Report on horse surra - Volume I
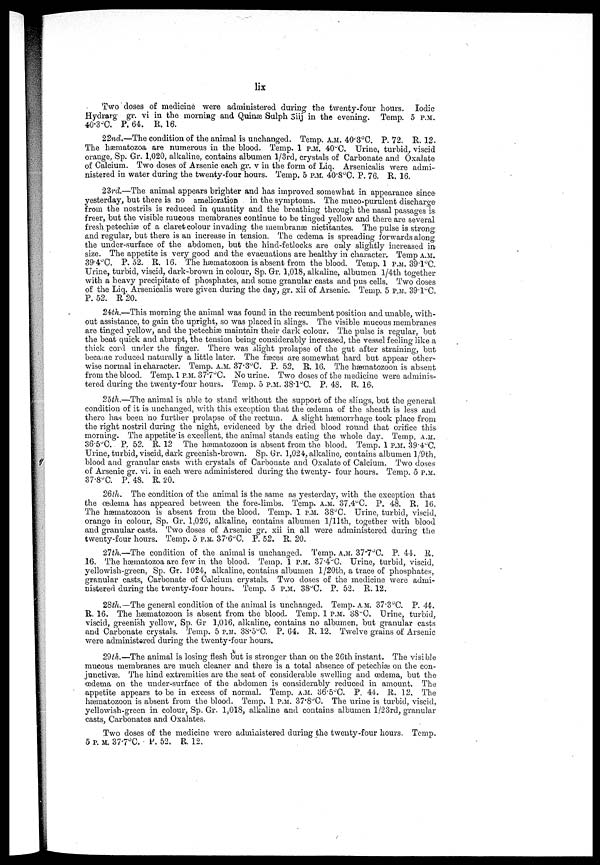
lix
Two doses of medicine were administered during' the twenty-four hours. Iodic
Hydrarg gr. vi in the morning and Quinæ Sulph 3iij in the evening. Temp. 5 P.M.
40.3°C. P. 64. R. 16.
22nd.—The condition of the animal is unchanged. Temp. A.M. 40.3°C. P. 72. R. 12,.
The hæmatozoa are numerous in the blood. Temp. 1 P.M. 40°C. Urine, turbid, viscid
orange, Sp. Gr. 1,020, alkaline, contains albumen l/3rd, crystals of Carbonate and Oxalate
of Calcium. Two doses of Arsenic each gr. v in the form of Liq. Arsenicalis were admi-
nistered in water during the twenty-four hours. Temp. 5 P.M. 40.8°C. P. 76. R. 16.
23rd—The animal appears brighter and has improved somewhat in appearance since
yesterday, but there is no amelioration in the symptoms. The muco-purulent discharge
from the nostrils is reduced in quantity and the breathing through the nasal passages is
freer, but the visible mucous membranes continue to be tinged yellow and there are several
fresh petechias of a claret colour invading the membranæ nictitantes. The pulse is strong
and regular, but there is an increase in tension. The œdema is spreading forwards along
the under-surface of the abdomen, but the hind-fetlocks are only slightly increased in
size. The appetite is very good and the evacuations are healthy in character. Temp A.M.
39.4°C. P. 52. R. 16. The hæmatozoon is absent from the blood. Temp. 1 P.M. 39.1°C.
Urine, turbid, viscid, dark-brown in colour, Sp. Gr. 1,018, alkaline, albumen l/4th together
with a heavy precipitate of phosphates, and some granular casts and pus cells. Two doses
of the Liq. Arsenicalis were given during the day, gr. xii of Arsenic. Temp. 5 P.M. 39.1°C.
P. 52. R 20.
24th.—This morning the animal was found in the recumbent position and unable, with-
out assistance, to gain the upright, so was placed in slings. The visible mucous membranes
are tinged yellow, and the petechiæ maintain their dark colour. The pulse is regular, but
the beat quick and abrupt, the tension being considerably increased, the vessel feeling like a
thick cord under the finger. There was slight prolapse of the gut after straining, but
became reduced naturally a little later. The fæces are somewhat hard but appear other-
wise normal in character. Temp. A.M. 37.3°C. P. 52. R. 16. The hæmatozoon is absent
from the blood. Temp. 1 P.M. 87.7°C. No urine. Two doses of the medicine were adminis-
tered during the twenty-four hours. Temp. 5 P.M. 38.l°C. P. 48. R. 16.
25th.—The animal is able to stand without the support of the slings, but the general
condition of it is unchanged, with this exception that the œdema of the sheath is less and
there has been no further prolapse of the rectum. A slight haemorrhage took place from
the right nostril during the night, evidenced by the dried blood round that orifice this
morning. The appetite is excellent, the animal stands eating the whole day. Temp. A.M.
36.5°C. P. 52. R. 12 The hæmatozoon is absent from the blood. Temp. 1 P.M. 39.4°C.
Urine, turbid, viscid, dark greenish-brown. Sp. Gr. 1,024, alkaline, contains albumen l/9th,
blood and granular casts with crystals of Carbonate and Oxalate of Calcium. Two doses
of Arsenic gr. vi. in each were administered during the twenty- four hours. Temp. 5 P.M.
37.8°C. P. 48. R. 20.
26th. The condition of the animal is the same as yesterday, with the exception that
the œdema has appeared between the fore-limbs. Temp. A.M. 87.4°C. P. 48. R. 16.
The hæmatozoon is absent from the blood. Temp. 1 P.M. 38°C. Urine, turbid, viscid,
orange in colour, Sp. Gr. 1,026, alkaline, contains albumen 1/11th, together with blood
and granular casts. Two doses of Arsenic gr. xii in all were administered during the
twenty-four hours. Temp. 5 P.M. 37.6°C. P. 52. R. 20.
27th.—The condition of the animal is unchanged. Temp. A.M. 37.7 O C P. 44. R.
16. The hæmatozoa are few in the blood. Temp. 1 P.M. 37.4°C. Urine, turbid, viscid,
yellowish-green, Sp. Gr. 1024, alkaline, contains albumen 1/20th, a trace of phosphates,
granular casts, Carbonate of Calcium crystals. Two doses of the medicine were admi-
nistered during the twenty-four hours. Temp. 5 P.M. 38°C. P. 52. R. 12.
28th.—The general condition of the animal is unchanged. Temp. A.M. 37.3°C. P. 44.
R. 16. The hæmatozoon is absent from the blood. Temp. 1 P.M. 38°C. Urine, turbid,
viscid, greenish yellow, Sp. Gr. 1,016, alkaline, contains no albumen, but granular casts
and Carbonate crystals. Temp. 5 P.M. 38.5°C. P. 64. R. 12. Twelve grains of Arsenic
were administered during the twenty-four hours.
29th.—The animal is losing flesh but is stronger than on the 26th instant. The visible
mucous membranes are much cleaner and there is a total absence of petechias on the con-
junctivæ. The hind extremities are the seat of considerable swelling and œdema, but the
œdema on the under-surface of the abdomen is considerably reduced in amount. The
appetite appears to be in excess of normal. Temp. A.M. 36.5°C. P. 44. R. 12. The
hæmatozoon is absent from the blood. Temp. 1 P.M. 37.8°C. The urine is turbid, viscid,
yellowish-green in colour, Sp. Gr. 1,018, alkaline and contains albumen l/23rd, granular
casts, Carbonates and Oxalates.
Two doses of the medicine were administered during the twenty-four hours. Temp.
5 P.M. 37.7°C. P. 52. R. 12.